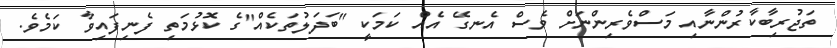
ތަޖުރިބާކާރުންނާއި މަސްވެރިންނަށް ވެސް އެނގޭ އެއް ކަމަކީ "ބަދަލުތަކެއް"ގެ ކޮޅުމަތި ފެނިފައިވާ ކަމެވެ.